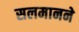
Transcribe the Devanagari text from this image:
सलमानने